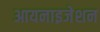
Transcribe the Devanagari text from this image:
आयनाइजेशन